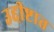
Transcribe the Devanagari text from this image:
उद्दीष्टात